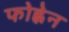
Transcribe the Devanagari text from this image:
फोह्लेन